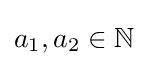
a_{1},a_{2}\in \mathbb {N}